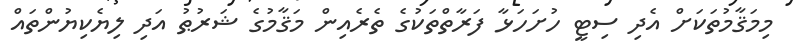
މިމަޤާމުތަކަށް އެދި ސިޓީ ހުށަހަޅާ ފަރާތްތަކުގެ ތެރެއިން މަޤާމުގެ ޝަރުޠު އަދި ލިޔެކިޔުންތައް